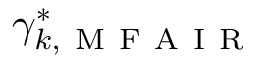
\gamma _ { k , \mathrm { ~ M ~ F ~ A ~ I ~ R ~ } } ^ { \ast }